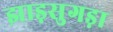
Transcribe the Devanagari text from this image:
झाड़सुगड़ा